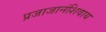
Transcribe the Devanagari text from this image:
प्रजाजानंशिवाय